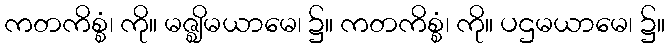
ကတကိစ္စံ၊ ကို။ မဇ္ဈိမယာမေ၊ ၌။ ကတကိစ္စံ၊ ကို။ ပဌမယာမေ၊ ၌။